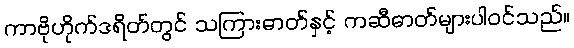
ကာဗိုဟိုက်ဒရိတ်တွင် သကြားဓာတ်နှင့် ကဆီဓာတ်များပါဝင်သည်။